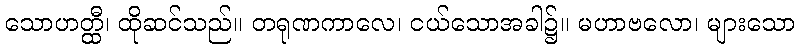
သောဟတ္ထီ၊ ထိုဆင်သည်။ တရုဏကာလေ၊ ငယ်သောအခါ၌။ မဟာဗလော၊ များသော